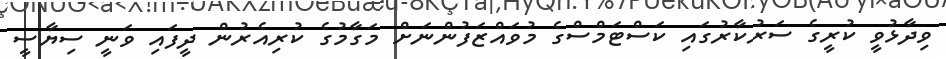
ވިދާޅުވީ ކުރީގެ ސަރުކާރުގައި ކަސްޓަމްސްގެ މުވައްޒަފުންނަށް މަގާމުގެ ކުރިއެރުން ދީފައި ވަނީ ސިޔާސީ